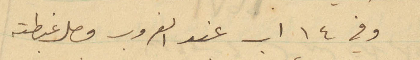
وفي 14 اب عند الغروب وصل غبطته